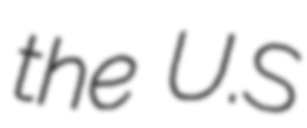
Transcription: the U.S